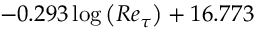
- 0 . 2 9 3 \log { \left( R e _ { \tau } \right) } + 1 6 . 7 7 3